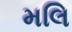
મલિ